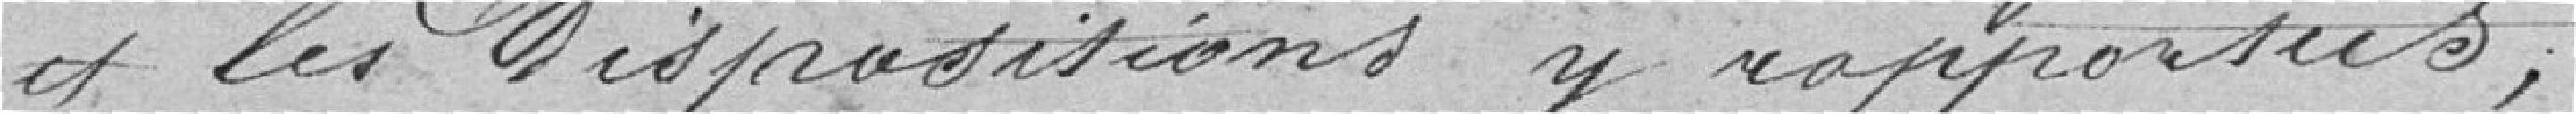
et les dispositions y rapportées.